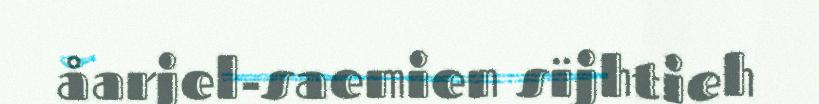
åarjel-saemien sïjhtieh